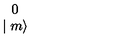
\begin{array} { c } { 0 } \\ { \mid m \rangle } \\ \end{array}